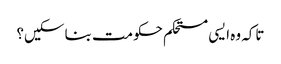
تاکہ وہ ایسی مستحکم حکومت بنا سکیں؟